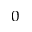
^ 0